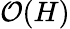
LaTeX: \mathcal{O}(H)